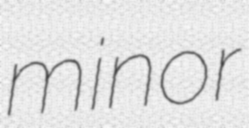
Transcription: minor